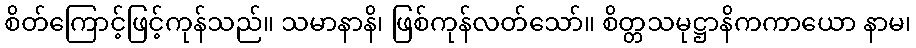
စိတ်ကြောင့်ဖြင့်ကုန်သည်။ သမာနာနိ၊ ဖြစ်ကုန်လတ်သော်။ စိတ္တသမုဋ္ဌာနိကကာယော နာမ၊